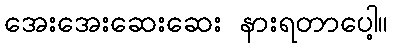
အေးအေးဆေးဆေး နားရတာပေါ့။